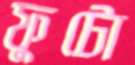
ফুটো